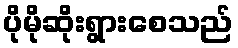
ပိုမိုဆိုးရွားစေသည်